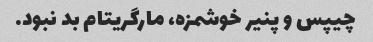
چیپس و پنیر خوشمزه، مارگریتام بد نبود.